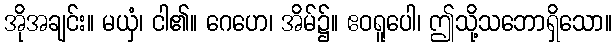
အိုအချင်း။ မယှံ၊ ငါ၏။ ဂေဟေ၊ အိမ်၌။ ဧဝရူပေါ၊ ဤသို့သဘောရှိသော။